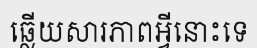
ឆ្លើយសារភាពអ្វីនោះទេ